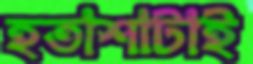
হতাশাটাই